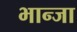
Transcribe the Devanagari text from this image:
भान्जा